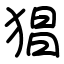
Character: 猖